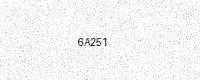
Text: 6A251